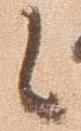
候